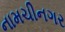
નામચીનગર